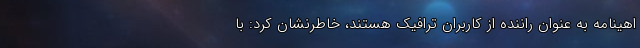
اهینامه به عنوان راننده از کاربران ترافیک هستند، خاطرنشان کرد: با